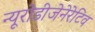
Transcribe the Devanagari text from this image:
न्यूरोडीजेनेरेटिव